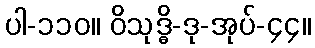
ပါ-၁၁၀။ ဝိသုဒ္ဓိ-ဒု-အုပ်-၄၄။